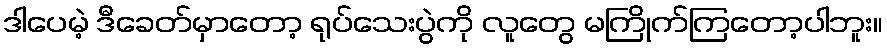
ဒါပေမဲ့ ဒီခေတ်မှာတော့ ရုပ်သေးပွဲကို လူတွေ မကြိုက်ကြတော့ပါဘူး။